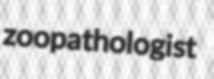
zoopathologist